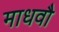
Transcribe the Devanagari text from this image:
माधवौ